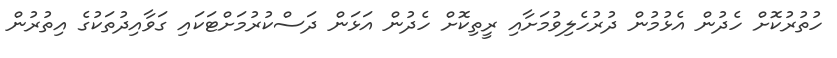
ހުތުރުކޮށް ހެދުން އެޅުމުން ދުރުހެލިވުމަށާއި ރީތިކޮށް ހެދުން އަޅަން ދަސްކުރުމަށްޓަކައި ގަވާއިދުތަކުގެ އިތުރުން